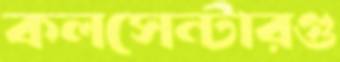
কলসেন্টারগু